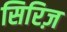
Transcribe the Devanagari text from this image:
सिरिज़